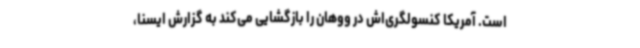
است. آمریکا کنسولگری‌اش در ووهان را بازگشایی می‌کند به گزارش ایسنا،